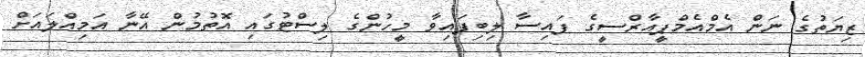
ޒިޔަތުގެ ނަން އެމްއެމްޕީއާރްސީގެ ފައިސާ ލިބިފައިވާ މީހުންގެ ލިސްޓުގައި އޮތުމުން އޭނާ އަމިއްލައަށް